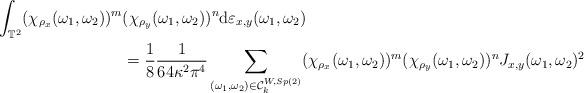
LaTeX: \begin{align*}\int_{\mathbb{T}^2} (\chi_{\rho_x}(\omega_1,\omega_2))^m & (\chi_{\rho_y}(\omega_1,\omega_2))^n \mathrm{d}\varepsilon_{x,y}(\omega_1,\omega_2) \\& = \frac{1}{8} \frac{1}{64 \kappa^2 \pi^4} \sum_{(\omega_1,\omega_2) \in \mathcal{C}_k^{W,Sp(2)}} (\chi_{\rho_x}(\omega_1,\omega_2))^m (\chi_{\rho_y}(\omega_1,\omega_2))^n J_{x,y}(\omega_1,\omega_2)^2 \end{align*}